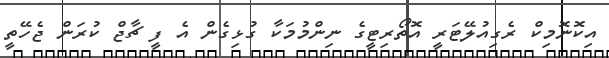
އިކޮނޮމިކް ރެގިއުލޭޓަރީ އޮތޯރިޓީގެ ނިންމުމަކާ ގުޅިގެން އެ ފީ ޗާޖް ކުރަން ޖެހޭތީ